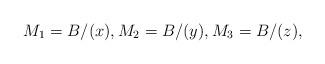
LaTeX: \begin{align*}M_1 = B/(x), M_2 = B/(y), M_3 = B/(z),\end{align*}